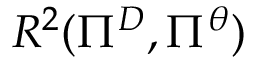
R ^ { 2 } ( \Pi ^ { D } , \Pi ^ { \theta } )